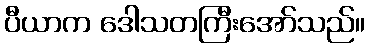
ပီယာက ဒေါသတကြီးအော်သည်။